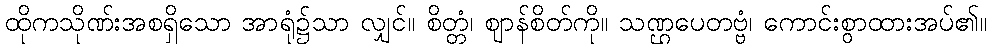
ထိုကသိုဏ်းအစရှိသော အာရုံ၌သာ လျှင်။ စိတ္တံ၊ ဈာန်စိတ်ကို။ သဏ္ဌပေတဗ္ဗံ၊ ကောင်းစွာထားအပ်၏။